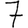
Digit: 7